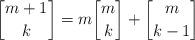
LaTeX: \begin{align*}\genfrac{[}{]}{0pt}{}{m+1}{k}=m\genfrac{[}{]}{0pt}{}{m}{k}+\genfrac{[}{]}{0pt}{}{m}{k-1}\end{align*}